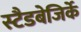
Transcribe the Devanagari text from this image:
स्टैडबेजिर्के